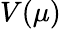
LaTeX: V(\mu)